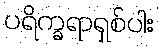
ပရိက္ခရာရှစ်ပါး